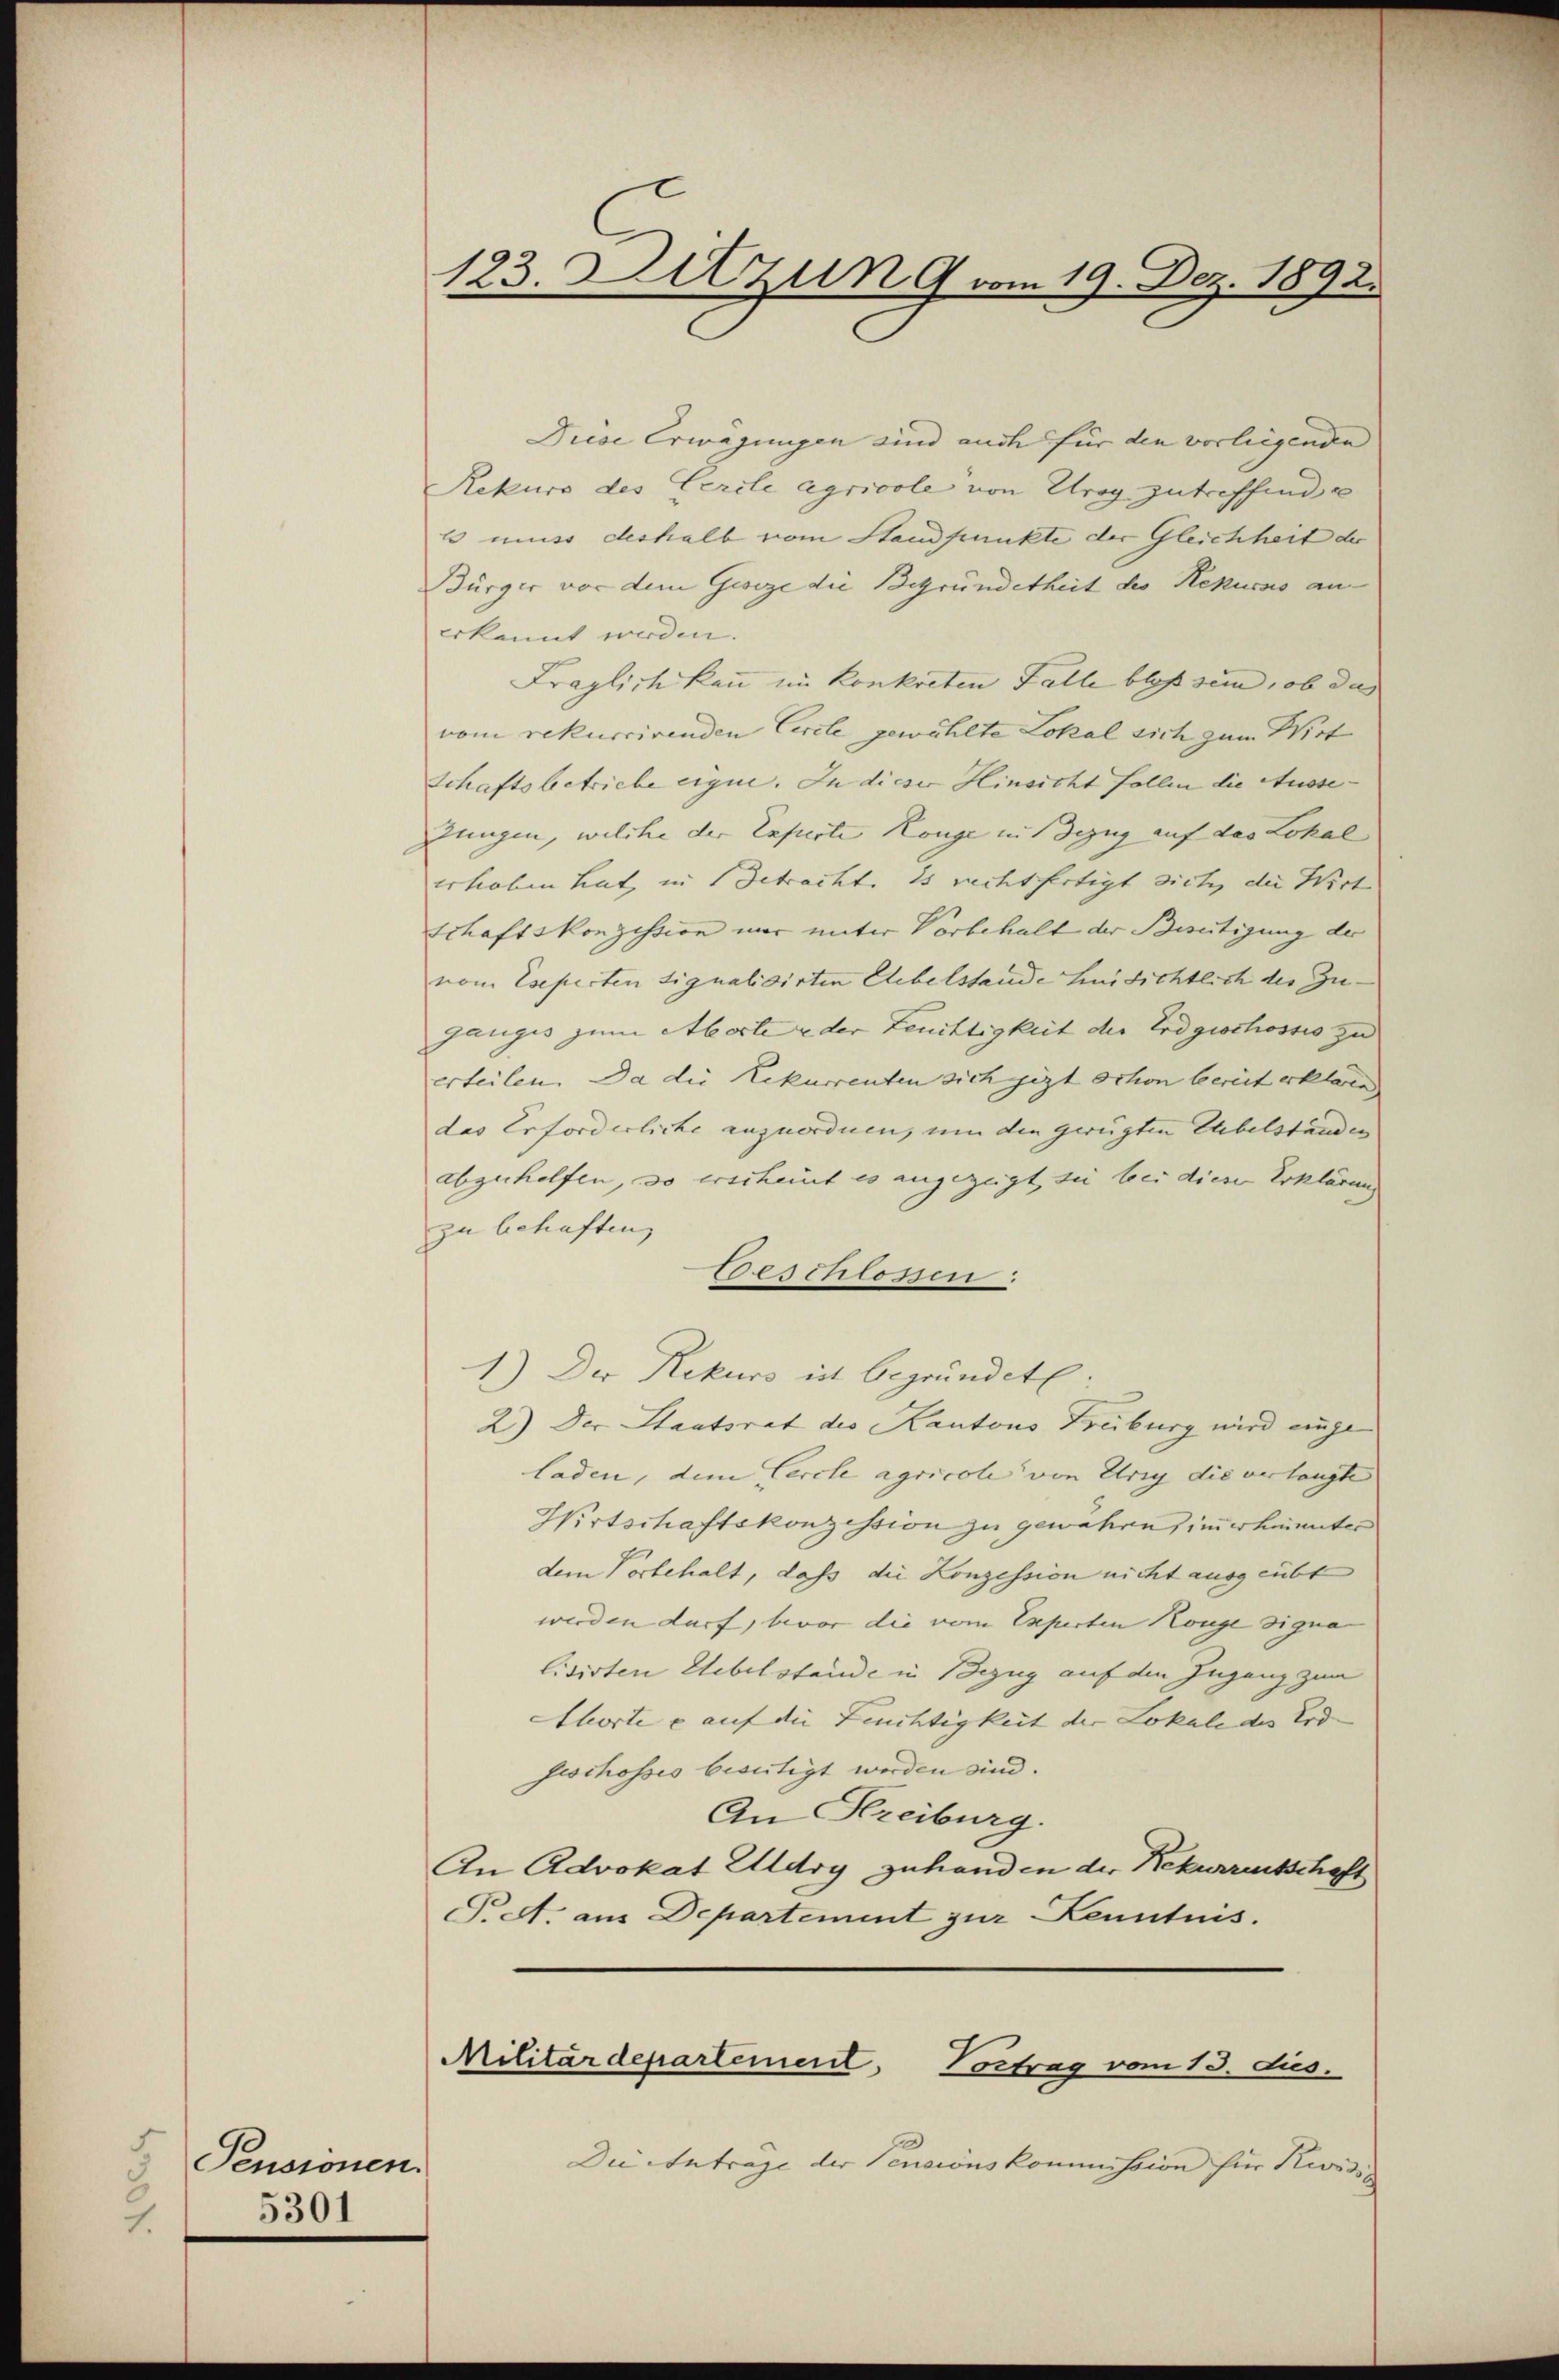
Pensionen.
5301
1.

123. Sitzung vom 19. Dez. 1892.

Diese Erwägungen sind auch für den vorliegende |
Rekurs des Gercle agrivole von Urog zutreffend e
l muss deshalb vom Standpunkte der Gleichheit der
Bürger vor dem Geseze die Begründetheit des Repucus an
Erkannt werden.
Fraglich kann im Konkreten Falle bloß sind, ob das
vom rekurrirenden Circle gewählte Lokal sich zum Wirt
Schaftsbetriebe eigne. In dieser Hinsicht follen die Ausseungen, welche der Experte Konge in Bezug auf das Lokal
erhoben hat, in Betracht. Es rechtfertigt siche, die Wirt
schaftskonzession wir unter Vorbehalt der Beseitigung der
vom Eseperten signalisirten Ehebelstande hinsichtlich die Zu- |
ganges zum Aborter der Leuchtigkeit der Erdgischosses zu
erteilen. Da die Rekurrenten sich jezt schon bereit erklären
das Erforderliche anzuordnen, um den gerügten Uebelständen
abgeholfen, so erscheint es angezeigt sie bei dieser Erklärung
zu behaften,
beschlossen.
1.) Der Rekurs ist begründet:
2.) Der Staatsrat des Kantons Freiburg wird angeladen, dem Cercle agricole von Ursy die verlangte |
Wirtschaftskonzession zu gewähren, immerheinter
dem Vorbehalt, dass die Konzession nicht ausgeübt
werden darf, bevor die vom Experten Konge signan
lisirten Uebelstande in Bezug auf den Ingang zum
Ehorte e auf die Leuchtigkeit der Lokale der Erd- |
feschosses bestigt worden sind.
An Kreiburg.
An Advokat Aldry zuhanden der Rekurrentschaft
Pett. aus Departement zur Kenntnis.

Militärdepartement. Vortrag vom 13. ds.

Die Antrage der Pensionskommission für Zwis